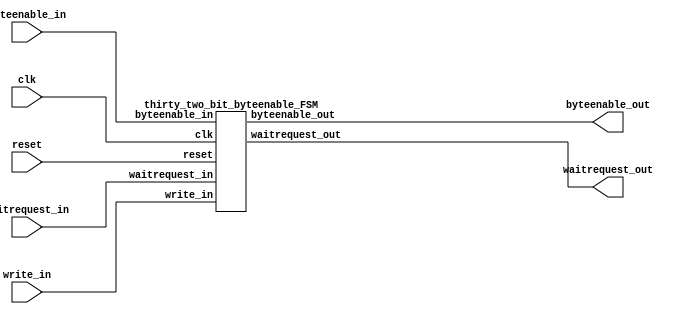
// (C) 2001-2019 Intel Corporation. All rights reserved.
// Your use of Intel Corporation's design tools, logic functions and other 
// software and tools, and its AMPP partner logic functions, and any output 
// files from any of the foregoing (including device programming or simulation 
// files), and any associated documentation or information are expressly subject 
// to the terms and conditions of the Intel Program License Subscription 
// Agreement, Intel FPGA IP License Agreement, or other applicable 
// license agreement, including, without limitation, that your use is for the 
// sole purpose of programming logic devices manufactured by Intel and sold by 
// Intel or its authorized distributors.  Please refer to the applicable 
// agreement for further details.


/*

  This logic recieves a potentially unsupported byte enable combination and
  breaks it down into supported byte enable combinations to the fabric.
  
  For example if a 64-bit write master wants to write
  to addresses 0x1 and beyond, this maps to address 0x0 with byte enables
  "11111110" asserted.  This does not contain a power of two of neighbooring
  asserted bits.  Instead this block will convert this into three writes
  all of which are supported:  "00000010", "00001100", and "11110000".  When
  this block breaks a transfer down it asserts stall so that the rest of the
  master logic will keep the outputs constant.
  
  Revision History:
  
  1.0  Initial version - Used a word distance to calculate which lanes to enable.
  
  1.1  Re-encoded version - Uses byte enables directly to calculate which lanes
                            to enable.  This allows byte enables in the middle
                            of a word to be supported as well such as '0110'.

  1.2  Bug fix to include the waitrequest for state transitions when the byte
       enable width is greater than 2.

  1.3  Added support for 64 and 128-bit byte enables (for 512/1024 bit data paths)

*/



// synthesis translate_off
`timescale 1ns / 1ps
// synthesis translate_on

// turn off superfluous verilog processor warnings 
// altera message_level Level1 
// altera message_off 10034 10035 10036 10037 10230 10240 10030 



module byte_enable_generator (
  clk,
  reset,

  // master side
  write_in,
  byteenable_in,
  waitrequest_out,

  // fabric side
  byteenable_out,
  waitrequest_in
);

  parameter BYTEENABLE_WIDTH = 4;   // valid byteenable widths are 1, 2, 4, 8, 16, 32, 64, and 128

  input clk;
  input reset;

  input write_in;                              // will enable state machine logic
  input [BYTEENABLE_WIDTH-1:0] byteenable_in;  // byteenables from master which contain unsupported groupings of byte lanes to be converted
  output wire waitrequest_out;                 // used to stall the master when fabric asserts waitrequest or access needs to be broken down

  output wire [BYTEENABLE_WIDTH-1:0] byteenable_out;   // supported byte enables to the fabric
  input waitrequest_in;                                // waitrequest from the fabric


generate
  if (BYTEENABLE_WIDTH == 1)  // for completeness...
  begin
      assign byteenable_out = byteenable_in;
      assign waitrequest_out = waitrequest_in;
  end
  else if (BYTEENABLE_WIDTH == 2)
  begin
      sixteen_bit_byteenable_FSM the_sixteen_bit_byteenable_FSM (   // pass through for the most part like the 1 bit case, has it's own module since the 4 bit module uses it
        .write_in (write_in),
        .byteenable_in (byteenable_in),
        .waitrequest_out (waitrequest_out),
        .byteenable_out (byteenable_out),
        .waitrequest_in (waitrequest_in)
      );  
  end
  else if (BYTEENABLE_WIDTH == 4)
  begin
      thirty_two_bit_byteenable_FSM the_thirty_two_bit_byteenable_FSM(
        .clk (clk),
        .reset (reset),
        .write_in (write_in),
        .byteenable_in (byteenable_in),
        .waitrequest_out (waitrequest_out),
        .byteenable_out (byteenable_out),
        .waitrequest_in (waitrequest_in)
      );  
  end
  else if (BYTEENABLE_WIDTH == 8)
  begin
      sixty_four_bit_byteenable_FSM the_sixty_four_bit_byteenable_FSM(
        .clk (clk),
        .reset (reset),
        .write_in (write_in),
        .byteenable_in (byteenable_in),
        .waitrequest_out (waitrequest_out),
        .byteenable_out (byteenable_out),
        .waitrequest_in (waitrequest_in)
      );  
  end
  else if (BYTEENABLE_WIDTH == 16)
  begin
      one_hundred_twenty_eight_bit_byteenable_FSM the_one_hundred_twenty_eight_bit_byteenable_FSM(
        .clk (clk),
        .reset (reset),
        .write_in (write_in),
        .byteenable_in (byteenable_in),
        .waitrequest_out (waitrequest_out),
        .byteenable_out (byteenable_out),
        .waitrequest_in (waitrequest_in)
      );  
  end
  else if (BYTEENABLE_WIDTH == 32)
  begin
      two_hundred_fifty_six_bit_byteenable_FSM the_two_hundred_fifty_six_bit_byteenable_FSM(
        .clk (clk),
        .reset (reset),
        .write_in (write_in),
        .byteenable_in (byteenable_in),
        .waitrequest_out (waitrequest_out),
        .byteenable_out (byteenable_out),
        .waitrequest_in (waitrequest_in)
      );
  end
  else if (BYTEENABLE_WIDTH == 64)
  begin
      five_hundred_twelve_bit_byteenable_FSM the_five_hundred_twelve_bit_byteenable_FSM (
        .clk (clk),
        .reset (reset),
        .write_in (write_in),
        .byteenable_in (byteenable_in),
        .waitrequest_out (waitrequest_out),
        .byteenable_out (byteenable_out),
        .waitrequest_in (waitrequest_in)
      );
  end
  else if (BYTEENABLE_WIDTH == 128)
  begin
      one_thousand_twenty_four_byteenable_FSM the_one_thousand_twenty_four_byteenable_FSM (
        .clk (clk),
        .reset (reset),
        .write_in (write_in),
        .byteenable_in (byteenable_in),
        .waitrequest_out (waitrequest_out),
        .byteenable_out (byteenable_out),
        .waitrequest_in (waitrequest_in)
      );
  end
endgenerate

endmodule





module one_thousand_twenty_four_byteenable_FSM (
  clk,
  reset,

  write_in,
  byteenable_in,
  waitrequest_out,

  byteenable_out,
  waitrequest_in
);

  input clk;
  input reset;

  input write_in;
  input [127:0] byteenable_in;
  output wire waitrequest_out;

  output wire [127:0] byteenable_out; 
  input waitrequest_in;


  // internal statemachine signals
  wire partial_lower_half_transfer;
  wire full_lower_half_transfer;
  wire partial_upper_half_transfer;
  wire full_upper_half_transfer;
  wire full_word_transfer;
  reg state_bit;
  wire transfer_done;
  wire advance_to_next_state;
  wire lower_enable;
  wire upper_enable;
  wire lower_stall;
  wire upper_stall;
  wire two_stage_transfer;


  always @ (posedge clk or posedge reset)
  begin
    if (reset)
    begin
      state_bit <= 0;
    end
    else
    begin
      if (transfer_done == 1)
      begin
        state_bit <= 0;
      end
      else if (advance_to_next_state == 1)
      begin
        state_bit <= 1;
      end
    end
  end

  assign partial_lower_half_transfer = (byteenable_in[63:0] != 0);
  assign full_lower_half_transfer = (byteenable_in[63:0] == 64'hFFFFFFFFFFFFFFFF);
  assign partial_upper_half_transfer = (byteenable_in[127:64] != 0);
  assign full_upper_half_transfer = (byteenable_in[127:64] == 64'hFFFFFFFFFFFFFFFF);
  assign full_word_transfer = (full_lower_half_transfer == 1) & (full_upper_half_transfer == 1);
  assign two_stage_transfer = (full_word_transfer == 0) & (partial_lower_half_transfer == 1) & (partial_upper_half_transfer == 1);

  assign advance_to_next_state = (two_stage_transfer == 1) & (lower_stall == 0) & (write_in == 1) & (state_bit == 0) & (waitrequest_in == 0);  // partial lower half transfer completed and there are bytes in the upper half that need to go out still

  assign transfer_done = ((full_word_transfer == 1) & (waitrequest_in == 0) & (write_in == 1)) | // full word transfer complete
                         ((two_stage_transfer == 0) & (lower_stall == 0) & (upper_stall == 0) & (write_in == 1) & (waitrequest_in == 0)) | // partial upper or lower half transfer complete
                         ((two_stage_transfer == 1) & (state_bit == 1) & (upper_stall == 0) & (write_in == 1) & (waitrequest_in == 0));  // partial upper and lower half transfers complete

  assign lower_enable = ((write_in == 1) & (full_word_transfer == 1)) |  // full word transfer
                        ((write_in == 1) & (two_stage_transfer == 0) & (partial_lower_half_transfer == 1)) | // only a partial lower half transfer
                        ((write_in == 1) & (two_stage_transfer == 1) & (partial_lower_half_transfer == 1) & (state_bit == 0));  // partial lower half transfer (to be followed by an upper half transfer)

  assign upper_enable = ((write_in == 1) & (full_word_transfer == 1)) |  // full word transfer
                        ((write_in == 1) & (two_stage_transfer == 0) & (partial_upper_half_transfer == 1)) | // only a partial upper half transfer
                        ((write_in == 1) & (two_stage_transfer == 1) & (partial_upper_half_transfer == 1) & (state_bit == 1));  // partial upper half transfer (after the lower half transfer)

  five_hundred_twelve_bit_byteenable_FSM lower_five_hundred_twelve_bit_byteenable_FSM (
    .clk (clk),
    .reset (reset),
    .write_in (lower_enable),
    .byteenable_in (byteenable_in[63:0]),
    .waitrequest_out (lower_stall),    
    .byteenable_out (byteenable_out[63:0]),
    .waitrequest_in (waitrequest_in)
  );

  five_hundred_twelve_bit_byteenable_FSM upper_five_hundred_twelve_bit_byteenable_FSM (
    .clk (clk),
    .reset (reset),
    .write_in (upper_enable),
    .byteenable_in (byteenable_in[127:64]),
    .waitrequest_out (upper_stall),    
    .byteenable_out (byteenable_out[127:64]),
    .waitrequest_in (waitrequest_in)
  );

  assign waitrequest_out = (waitrequest_in == 1) | ((transfer_done == 0) & (write_in == 1));

endmodule






module five_hundred_twelve_bit_byteenable_FSM (
  clk,
  reset,

  write_in,
  byteenable_in,
  waitrequest_out,

  byteenable_out,
  waitrequest_in
);


  input clk;
  input reset;

  input write_in;
  input [63:0] byteenable_in;
  output wire waitrequest_out;

  output wire [63:0] byteenable_out; 
  input waitrequest_in;


  // internal statemachine signals
  wire partial_lower_half_transfer;
  wire full_lower_half_transfer;
  wire partial_upper_half_transfer;
  wire full_upper_half_transfer;
  wire full_word_transfer;
  reg state_bit;
  wire transfer_done;
  wire advance_to_next_state;
  wire lower_enable;
  wire upper_enable;
  wire lower_stall;
  wire upper_stall;
  wire two_stage_transfer;


  always @ (posedge clk or posedge reset)
  begin
    if (reset)
    begin
      state_bit <= 0;
    end
    else
    begin
      if (transfer_done == 1)
      begin
        state_bit <= 0;
      end
      else if (advance_to_next_state == 1)
      begin
        state_bit <= 1;
      end
    end
  end

  assign partial_lower_half_transfer = (byteenable_in[31:0] != 0);
  assign full_lower_half_transfer = (byteenable_in[31:0] == 32'hFFFFFFFF);
  assign partial_upper_half_transfer = (byteenable_in[63:32] != 0);
  assign full_upper_half_transfer = (byteenable_in[63:32] == 32'hFFFFFFFF);
  assign full_word_transfer = (full_lower_half_transfer == 1) & (full_upper_half_transfer == 1);
  assign two_stage_transfer = (full_word_transfer == 0) & (partial_lower_half_transfer == 1) & (partial_upper_half_transfer == 1);

  assign advance_to_next_state = (two_stage_transfer == 1) & (lower_stall == 0) & (write_in == 1) & (state_bit == 0) & (waitrequest_in == 0);  // partial lower half transfer completed and there are bytes in the upper half that need to go out still

  assign transfer_done = ((full_word_transfer == 1) & (waitrequest_in == 0) & (write_in == 1)) | // full word transfer complete
                         ((two_stage_transfer == 0) & (lower_stall == 0) & (upper_stall == 0) & (write_in == 1) & (waitrequest_in == 0)) | // partial upper or lower half transfer complete
                         ((two_stage_transfer == 1) & (state_bit == 1) & (upper_stall == 0) & (write_in == 1) & (waitrequest_in == 0));  // partial upper and lower half transfers complete

  assign lower_enable = ((write_in == 1) & (full_word_transfer == 1)) |  // full word transfer
                        ((write_in == 1) & (two_stage_transfer == 0) & (partial_lower_half_transfer == 1)) | // only a partial lower half transfer
                        ((write_in == 1) & (two_stage_transfer == 1) & (partial_lower_half_transfer == 1) & (state_bit == 0));  // partial lower half transfer (to be followed by an upper half transfer)

  assign upper_enable = ((write_in == 1) & (full_word_transfer == 1)) |  // full word transfer
                        ((write_in == 1) & (two_stage_transfer == 0) & (partial_upper_half_transfer == 1)) | // only a partial upper half transfer
                        ((write_in == 1) & (two_stage_transfer == 1) & (partial_upper_half_transfer == 1) & (state_bit == 1));  // partial upper half transfer (after the lower half transfer)

  two_hundred_fifty_six_bit_byteenable_FSM lower_two_hundred_fifty_six_bit_byteenable_FSM (
    .clk (clk),
    .reset (reset),
    .write_in (lower_enable),
    .byteenable_in (byteenable_in[31:0]),
    .waitrequest_out (lower_stall),    
    .byteenable_out (byteenable_out[31:0]),
    .waitrequest_in (waitrequest_in)
  );

  two_hundred_fifty_six_bit_byteenable_FSM upper_two_hundred_fifty_six_bit_byteenable_FSM (
    .clk (clk),
    .reset (reset),
    .write_in (upper_enable),
    .byteenable_in (byteenable_in[63:32]),
    .waitrequest_out (upper_stall),    
    .byteenable_out (byteenable_out[63:32]),
    .waitrequest_in (waitrequest_in)
  );

  assign waitrequest_out = (waitrequest_in == 1) | ((transfer_done == 0) & (write_in == 1));

endmodule





module two_hundred_fifty_six_bit_byteenable_FSM (
  clk,
  reset,

  write_in,
  byteenable_in,
  waitrequest_out,

  byteenable_out,
  waitrequest_in
);


  input clk;
  input reset;

  input write_in;
  input [31:0] byteenable_in;
  output wire waitrequest_out;

  output wire [31:0] byteenable_out; 
  input waitrequest_in;


  // internal statemachine signals
  wire partial_lower_half_transfer;
  wire full_lower_half_transfer;
  wire partial_upper_half_transfer;
  wire full_upper_half_transfer;
  wire full_word_transfer;
  reg state_bit;
  wire transfer_done;
  wire advance_to_next_state;
  wire lower_enable;
  wire upper_enable;
  wire lower_stall;
  wire upper_stall;
  wire two_stage_transfer;


  always @ (posedge clk or posedge reset)
  begin
    if (reset)
    begin
      state_bit <= 0;
    end
    else
    begin
      if (transfer_done == 1)
      begin
        state_bit <= 0;
      end
      else if (advance_to_next_state == 1)
      begin
        state_bit <= 1;
      end
    end
  end

  assign partial_lower_half_transfer = (byteenable_in[15:0] != 0);
  assign full_lower_half_transfer = (byteenable_in[15:0] == 16'hFFFF);
  assign partial_upper_half_transfer = (byteenable_in[31:16] != 0);
  assign full_upper_half_transfer = (byteenable_in[31:16] == 16'hFFFF);
  assign full_word_transfer = (full_lower_half_transfer == 1) & (full_upper_half_transfer == 1);
  assign two_stage_transfer = (full_word_transfer == 0) & (partial_lower_half_transfer == 1) & (partial_upper_half_transfer == 1);

  assign advance_to_next_state = (two_stage_transfer == 1) & (lower_stall == 0) & (write_in == 1) & (state_bit == 0) & (waitrequest_in == 0);  // partial lower half transfer completed and there are bytes in the upper half that need to go out still

  assign transfer_done = ((full_word_transfer == 1) & (waitrequest_in == 0) & (write_in == 1)) | // full word transfer complete
                         ((two_stage_transfer == 0) & (lower_stall == 0) & (upper_stall == 0) & (write_in == 1) & (waitrequest_in == 0)) | // partial upper or lower half transfer complete
                         ((two_stage_transfer == 1) & (state_bit == 1) & (upper_stall == 0) & (write_in == 1) & (waitrequest_in == 0));  // partial upper and lower half transfers complete

  assign lower_enable = ((write_in == 1) & (full_word_transfer == 1)) |  // full word transfer
                        ((write_in == 1) & (two_stage_transfer == 0) & (partial_lower_half_transfer == 1)) | // only a partial lower half transfer
                        ((write_in == 1) & (two_stage_transfer == 1) & (partial_lower_half_transfer == 1) & (state_bit == 0));  // partial lower half transfer (to be followed by an upper half transfer)

  assign upper_enable = ((write_in == 1) & (full_word_transfer == 1)) |  // full word transfer
                        ((write_in == 1) & (two_stage_transfer == 0) & (partial_upper_half_transfer == 1)) | // only a partial upper half transfer
                        ((write_in == 1) & (two_stage_transfer == 1) & (partial_upper_half_transfer == 1) & (state_bit == 1));  // partial upper half transfer (after the lower half transfer)

  one_hundred_twenty_eight_bit_byteenable_FSM lower_one_hundred_twenty_eight_bit_byteenable_FSM (
    .clk (clk),
    .reset (reset),
    .write_in (lower_enable),
    .byteenable_in (byteenable_in[15:0]),
    .waitrequest_out (lower_stall),    
    .byteenable_out (byteenable_out[15:0]),
    .waitrequest_in (waitrequest_in)
  );

  one_hundred_twenty_eight_bit_byteenable_FSM upper_one_hundred_twenty_eight_bit_byteenable_FSM (
    .clk (clk),
    .reset (reset),
    .write_in (upper_enable),
    .byteenable_in (byteenable_in[31:16]),
    .waitrequest_out (upper_stall),    
    .byteenable_out (byteenable_out[31:16]),
    .waitrequest_in (waitrequest_in)
  );

  assign waitrequest_out = (waitrequest_in == 1) | ((transfer_done == 0) & (write_in == 1));

endmodule




module one_hundred_twenty_eight_bit_byteenable_FSM (
  clk,
  reset,

  write_in,
  byteenable_in,
  waitrequest_out,

  byteenable_out,
  waitrequest_in
);


  input clk;
  input reset;

  input write_in;
  input [15:0] byteenable_in;
  output wire waitrequest_out;

  output wire [15:0] byteenable_out; 
  input waitrequest_in;

  // internal statemachine signals
  wire partial_lower_half_transfer;
  wire full_lower_half_transfer;
  wire partial_upper_half_transfer;
  wire full_upper_half_transfer;
  wire full_word_transfer;
  reg state_bit;
  wire transfer_done;
  wire advance_to_next_state;
  wire lower_enable;
  wire upper_enable;
  wire lower_stall;
  wire upper_stall;
  wire two_stage_transfer;


  always @ (posedge clk or posedge reset)
  begin
    if (reset)
    begin
      state_bit <= 0;
    end
    else
    begin
      if (transfer_done == 1)
      begin
        state_bit <= 0;
      end
      else if (advance_to_next_state == 1)
      begin
        state_bit <= 1;
      end
    end
  end

  assign partial_lower_half_transfer = (byteenable_in[7:0] != 0);
  assign full_lower_half_transfer = (byteenable_in[7:0] == 8'hFF);
  assign partial_upper_half_transfer = (byteenable_in[15:8] != 0);
  assign full_upper_half_transfer = (byteenable_in[15:8] == 8'hFF);
  assign full_word_transfer = (full_lower_half_transfer == 1) & (full_upper_half_transfer == 1);
  assign two_stage_transfer = (full_word_transfer == 0) & (partial_lower_half_transfer == 1) & (partial_upper_half_transfer == 1);

  assign advance_to_next_state = (two_stage_transfer == 1) & (lower_stall == 0) & (write_in == 1) & (state_bit == 0) & (waitrequest_in == 0);  // partial lower half transfer completed and there are bytes in the upper half that need to go out still

  assign transfer_done = ((full_word_transfer == 1) & (waitrequest_in == 0) & (write_in == 1)) | // full word transfer complete
                         ((two_stage_transfer == 0) & (lower_stall == 0) & (upper_stall == 0) & (write_in == 1) & (waitrequest_in == 0)) | // partial upper or lower half transfer complete
                         ((two_stage_transfer == 1) & (state_bit == 1) & (upper_stall == 0) & (write_in == 1) & (waitrequest_in == 0));  // partial upper and lower half transfers complete

  assign lower_enable = ((write_in == 1) & (full_word_transfer == 1)) |  // full word transfer
                        ((write_in == 1) & (two_stage_transfer == 0) & (partial_lower_half_transfer == 1)) | // only a partial lower half transfer
                        ((write_in == 1) & (two_stage_transfer == 1) & (partial_lower_half_transfer == 1) & (state_bit == 0));  // partial lower half transfer (to be followed by an upper half transfer)

  assign upper_enable = ((write_in == 1) & (full_word_transfer == 1)) |  // full word transfer
                        ((write_in == 1) & (two_stage_transfer == 0) & (partial_upper_half_transfer == 1)) | // only a partial upper half transfer
                        ((write_in == 1) & (two_stage_transfer == 1) & (partial_upper_half_transfer == 1) & (state_bit == 1));  // partial upper half transfer (after the lower half transfer)

  sixty_four_bit_byteenable_FSM lower_sixty_four_bit_byteenable_FSM (
    .clk (clk),
    .reset (reset),
    .write_in (lower_enable),
    .byteenable_in (byteenable_in[7:0]),
    .waitrequest_out (lower_stall),    
    .byteenable_out (byteenable_out[7:0]),
    .waitrequest_in (waitrequest_in)
  );

  sixty_four_bit_byteenable_FSM upper_sixty_four_bit_byteenable_FSM (
    .clk (clk),
    .reset (reset),
    .write_in (upper_enable),
    .byteenable_in (byteenable_in[15:8]),
    .waitrequest_out (upper_stall),    
    .byteenable_out (byteenable_out[15:8]),
    .waitrequest_in (waitrequest_in)
  );

  assign waitrequest_out = (waitrequest_in == 1) | ((transfer_done == 0) & (write_in == 1));

endmodule




module sixty_four_bit_byteenable_FSM (
  clk,
  reset,

  write_in,
  byteenable_in,
  waitrequest_out,

  byteenable_out,
  waitrequest_in
);


  input clk;
  input reset;
  
  input write_in;
  input [7:0] byteenable_in;
  output wire waitrequest_out;

  output wire [7:0] byteenable_out; 
  input waitrequest_in;

  // internal statemachine signals
  wire partial_lower_half_transfer;
  wire full_lower_half_transfer;
  wire partial_upper_half_transfer;
  wire full_upper_half_transfer;
  wire full_word_transfer;
  reg state_bit;
  wire transfer_done;
  wire advance_to_next_state;
  wire lower_enable;
  wire upper_enable;
  wire lower_stall;
  wire upper_stall;
  wire two_stage_transfer;


  always @ (posedge clk or posedge reset)
  begin
    if (reset)
    begin
      state_bit <= 0;
    end
    else
    begin
      if (transfer_done == 1)
      begin
        state_bit <= 0;
      end
      else if (advance_to_next_state == 1)
      begin
        state_bit <= 1;
      end
    end
  end

  assign partial_lower_half_transfer = (byteenable_in[3:0] != 0);
  assign full_lower_half_transfer = (byteenable_in[3:0] == 4'hF);
  assign partial_upper_half_transfer = (byteenable_in[7:4] != 0);
  assign full_upper_half_transfer = (byteenable_in[7:4] == 4'hF);
  assign full_word_transfer = (full_lower_half_transfer == 1) & (full_upper_half_transfer == 1);
  assign two_stage_transfer = (full_word_transfer == 0) & (partial_lower_half_transfer == 1) & (partial_upper_half_transfer == 1);

  assign advance_to_next_state = (two_stage_transfer == 1) & (lower_stall == 0) & (write_in == 1) & (state_bit == 0) & (waitrequest_in == 0);  // partial lower half transfer completed and there are bytes in the upper half that need to go out still

  assign transfer_done = ((full_word_transfer == 1) & (waitrequest_in == 0) & (write_in == 1)) | // full word transfer complete
                         ((two_stage_transfer == 0) & (lower_stall == 0) & (upper_stall == 0) & (write_in == 1) & (waitrequest_in == 0)) | // partial upper or lower half transfer complete
                         ((two_stage_transfer == 1) & (state_bit == 1) & (upper_stall == 0) & (write_in == 1) & (waitrequest_in == 0));  // partial upper and lower half transfers complete

  assign lower_enable = ((write_in == 1) & (full_word_transfer == 1)) |  // full word transfer
                        ((write_in == 1) & (two_stage_transfer == 0) & (partial_lower_half_transfer == 1)) | // only a partial lower half transfer
                        ((write_in == 1) & (two_stage_transfer == 1) & (partial_lower_half_transfer == 1) & (state_bit == 0));  // partial lower half transfer (to be followed by an upper half transfer)

  assign upper_enable = ((write_in == 1) & (full_word_transfer == 1)) |  // full word transfer
                        ((write_in == 1) & (two_stage_transfer == 0) & (partial_upper_half_transfer == 1)) | // only a partial upper half transfer
                        ((write_in == 1) & (two_stage_transfer == 1) & (partial_upper_half_transfer == 1) & (state_bit == 1));  // partial upper half transfer (after the lower half transfer)

  thirty_two_bit_byteenable_FSM lower_thirty_two_bit_byteenable_FSM (
    .clk (clk),
    .reset (reset),
    .write_in (lower_enable),
    .byteenable_in (byteenable_in[3:0]),
    .waitrequest_out (lower_stall),    
    .byteenable_out (byteenable_out[3:0]),
    .waitrequest_in (waitrequest_in)
  );

  thirty_two_bit_byteenable_FSM upper_thirty_two_bit_byteenable_FSM (
    .clk (clk),
    .reset (reset),
    .write_in (upper_enable),
    .byteenable_in (byteenable_in[7:4]),
    .waitrequest_out (upper_stall),    
    .byteenable_out (byteenable_out[7:4]),
    .waitrequest_in (waitrequest_in)
  );

  assign waitrequest_out = (waitrequest_in == 1) | ((transfer_done == 0) & (write_in == 1));

endmodule



module thirty_two_bit_byteenable_FSM (
  clk,
  reset,

  write_in,
  byteenable_in,
  waitrequest_out,

  byteenable_out,
  waitrequest_in
);


  input clk;
  input reset;

  input write_in;
  input [3:0] byteenable_in;
  output wire waitrequest_out;

  output wire [3:0] byteenable_out; 
  input waitrequest_in;


  // internal statemachine signals
  wire partial_lower_half_transfer;
  wire full_lower_half_transfer;
  wire partial_upper_half_transfer;
  wire full_upper_half_transfer;
  wire full_word_transfer;
  reg state_bit;
  wire transfer_done;
  wire advance_to_next_state;
  wire lower_enable;
  wire upper_enable;
  wire lower_stall;
  wire upper_stall;
  wire two_stage_transfer;


  always @ (posedge clk or posedge reset)
  begin
    if (reset)
    begin
      state_bit <= 0;
    end
    else
    begin
      if (transfer_done == 1)
      begin
        state_bit <= 0;
      end
      else if (advance_to_next_state == 1)
      begin
        state_bit <= 1;
      end
    end
  end

  assign partial_lower_half_transfer = (byteenable_in[1:0] != 0);
  assign full_lower_half_transfer = (byteenable_in[1:0] == 2'h3);
  assign partial_upper_half_transfer = (byteenable_in[3:2] != 0);
  assign full_upper_half_transfer = (byteenable_in[3:2] == 2'h3);
  assign full_word_transfer = (full_lower_half_transfer == 1) & (full_upper_half_transfer == 1);
  assign two_stage_transfer = (full_word_transfer == 0) & (partial_lower_half_transfer == 1) & (partial_upper_half_transfer == 1);

  assign advance_to_next_state = (two_stage_transfer == 1) & (lower_stall == 0) & (write_in == 1) & (state_bit == 0) & (waitrequest_in == 0);  // partial lower half transfer completed and there are bytes in the upper half that need to go out still

  assign transfer_done = ((full_word_transfer == 1) & (waitrequest_in == 0) & (write_in == 1)) | // full word transfer complete
                         ((two_stage_transfer == 0) & (lower_stall == 0) & (upper_stall == 0) & (write_in == 1) & (waitrequest_in == 0)) | // partial upper or lower half transfer complete
                         ((two_stage_transfer == 1) & (state_bit == 1) & (upper_stall == 0) & (write_in == 1) & (waitrequest_in == 0));  // partial upper and lower half transfers complete

  assign lower_enable = ((write_in == 1) & (full_word_transfer == 1)) |  // full word transfer
                        ((write_in == 1) & (two_stage_transfer == 0) & (partial_lower_half_transfer == 1)) | // only a partial lower half transfer
                        ((write_in == 1) & (two_stage_transfer == 1) & (partial_lower_half_transfer == 1) & (state_bit == 0));  // partial lower half transfer (to be followed by an upper half transfer)

  assign upper_enable = ((write_in == 1) & (full_word_transfer == 1)) |  // full word transfer
                        ((write_in == 1) & (two_stage_transfer == 0) & (partial_upper_half_transfer == 1)) | // only a partial upper half transfer
                        ((write_in == 1) & (two_stage_transfer == 1) & (partial_upper_half_transfer == 1) & (state_bit == 1));  // partial upper half transfer (after the lower half transfer)

  sixteen_bit_byteenable_FSM lower_sixteen_bit_byteenable_FSM (
    .write_in (lower_enable),
    .byteenable_in (byteenable_in[1:0]),
    .waitrequest_out (lower_stall),    
    .byteenable_out (byteenable_out[1:0]),
    .waitrequest_in (waitrequest_in)
  );

  sixteen_bit_byteenable_FSM upper_sixteen_bit_byteenable_FSM (
    .write_in (upper_enable),
    .byteenable_in (byteenable_in[3:2]),
    .waitrequest_out (upper_stall),    
    .byteenable_out (byteenable_out[3:2]),
    .waitrequest_in (waitrequest_in)
  );

  assign waitrequest_out = (waitrequest_in == 1) | ((transfer_done == 0) & (write_in == 1));

endmodule




/**************************************************************************************************
  Fundament byte enable state machine for which 32, 64, 128, 256, 512, and 1024 bit byte enable
  statemachines will use to operate on groups of two byte enables.
***************************************************************************************************/
module sixteen_bit_byteenable_FSM (
  write_in,
  byteenable_in,
  waitrequest_out,

  byteenable_out,
  waitrequest_in
);

 
  input write_in;
  input [1:0] byteenable_in;
  output wire waitrequest_out;

  output wire [1:0] byteenable_out; 
  input waitrequest_in;

  assign byteenable_out = byteenable_in & {2{write_in}};          // all 2 bit byte enable pairs are supported, masked with write in to turn the byte lanes off when writing is disabled
  assign waitrequest_out = (write_in == 1) & (waitrequest_in == 1);  // transfer always completes on the first cycle unless waitrequest is asserted

endmodule